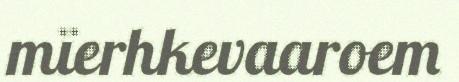
mïerhkevaaroem